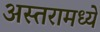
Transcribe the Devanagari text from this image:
अस्तरामध्ये